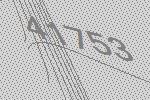
41753